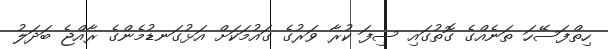
ހިތްފަސޭހަ ތަނެއްގެ ގޮތުގައި ސިފަ ކުރާ ވަރުގެ ގައުމަކަށް އަޅުގަނޑުމެންގެ ރާއްޖެ ބަދަލު